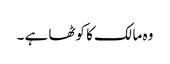
وہ مالک کا کوٹھا ہے ۔